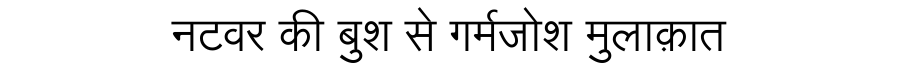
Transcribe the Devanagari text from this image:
नटवर की बुश से गर्मजोश मुलाक़ात